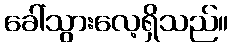
ခေါ်သွားလေ့ရှိသည်။